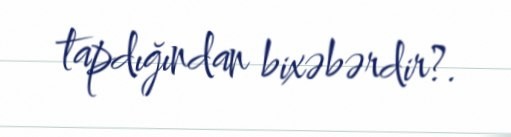
tapdığından bixəbərdir?.